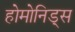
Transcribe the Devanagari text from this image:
होमोनिड्स